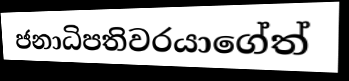
ජනාධිපතිවරයාගේත්